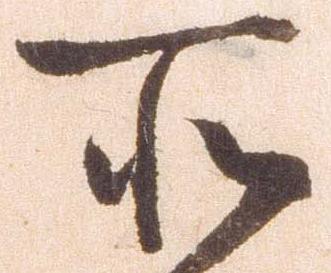
所